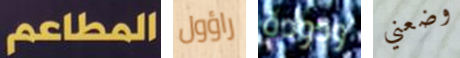
المطاعم راؤول ودودة وضعني